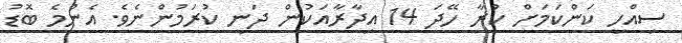
ސިއްހީ ކަންކަމަށް ކުރާ ހޭދަ 14 އިދާރާއަކުން ދަނީ ކުރަމުންނެވެ. އެންމެ ބޮޑު